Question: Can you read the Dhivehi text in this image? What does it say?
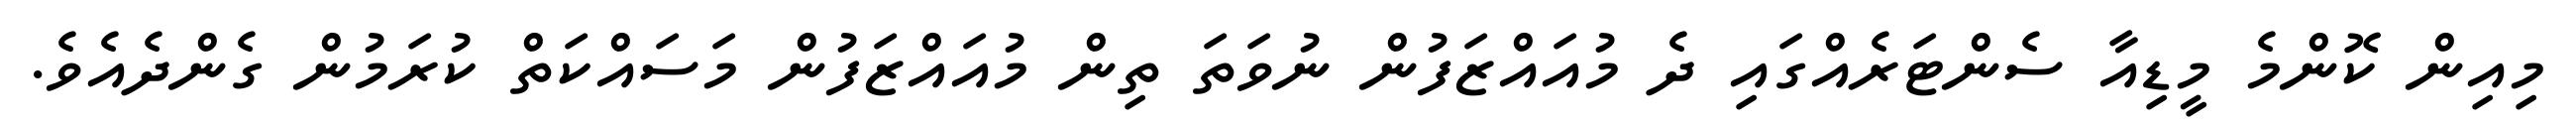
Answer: މިއިން ކޮންމެ މީޑިއާ ސެންޓަރެއްގައި ދެ މުއައްޒަފުން ނުވަތަ ތިން މުއައްޒަފުން މަސައްކަތް ކުރަމުން ގެންދެއެވެ.